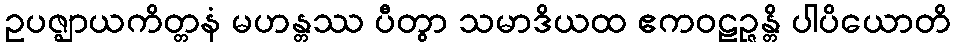
ဥပဇ္ဈာယကိတ္တနံ မဟန္တဿ ပီတွာ သမာဒိယထ ဧကဝဠဉ္ဇန္တိ ပါပိယောတိ